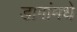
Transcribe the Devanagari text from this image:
डागांमधे